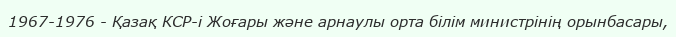
1967-1976 - Қазақ КСР-і Жоғары және арнаулы орта білім министрінің орынбасары,